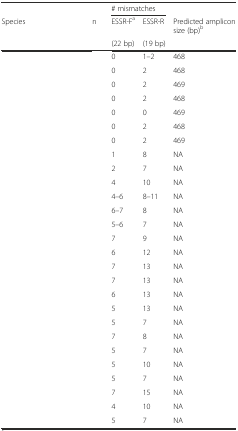
<table><thead><tr><td>[EMPTY_CELL]</td><td>[EMPTY_CELL]</td><td colspan="2"><b># mismatches</b></td><td>[EMPTY_CELL]</td></tr><tr><td><b>Species</b></td><td><b>n</b></td><td><b>ESSR-F<sup>a</sup></b></td><td><b>ESSR-R</b></td><td><b>Predicted amplicon size (bp)<sup>b</sup></b></td></tr><tr><td>[EMPTY_CELL]</td><td>[EMPTY_CELL]</td><td><b>(22 bp)</b></td><td><b>(19 bp)</b></td><td>[EMPTY_CELL]</td></tr></thead><tbody><tr><td>[EMPTY_CELL]</td><td>[EMPTY_CELL]</td><td>0</td><td>1–2</td><td>468</td></tr><tr><td>[EMPTY_CELL]</td><td>[EMPTY_CELL]</td><td>0</td><td>2</td><td>468</td></tr><tr><td>[EMPTY_CELL]</td><td>[EMPTY_CELL]</td><td>0</td><td>2</td><td>469</td></tr><tr><td>[EMPTY_CELL]</td><td>[EMPTY_CELL]</td><td>0</td><td>2</td><td>468</td></tr><tr><td>[EMPTY_CELL]</td><td>[EMPTY_CELL]</td><td>0</td><td>0</td><td>469</td></tr><tr><td>[EMPTY_CELL]</td><td>[EMPTY_CELL]</td><td>0</td><td>2</td><td>468</td></tr><tr><td>[EMPTY_CELL]</td><td>[EMPTY_CELL]</td><td>0</td><td>2</td><td>469</td></tr><tr><td>[EMPTY_CELL]</td><td>[EMPTY_CELL]</td><td>1</td><td>8</td><td>NA</td></tr><tr><td>[EMPTY_CELL]</td><td>[EMPTY_CELL]</td><td>2</td><td>7</td><td>NA</td></tr><tr><td>[EMPTY_CELL]</td><td>[EMPTY_CELL]</td><td>4</td><td>10</td><td>NA</td></tr><tr><td>[EMPTY_CELL]</td><td>[EMPTY_CELL]</td><td>4–6</td><td>8–11</td><td>NA</td></tr><tr><td>[EMPTY_CELL]</td><td>[EMPTY_CELL]</td><td>6–7</td><td>8</td><td>NA</td></tr><tr><td>[EMPTY_CELL]</td><td>[EMPTY_CELL]</td><td>5–6</td><td>7</td><td>NA</td></tr><tr><td>[EMPTY_CELL]</td><td>[EMPTY_CELL]</td><td>7</td><td>9</td><td>NA</td></tr><tr><td>[EMPTY_CELL]</td><td>[EMPTY_CELL]</td><td>6</td><td>12</td><td>NA</td></tr><tr><td>[EMPTY_CELL]</td><td>[EMPTY_CELL]</td><td>7</td><td>13</td><td>NA</td></tr><tr><td>[EMPTY_CELL]</td><td>[EMPTY_CELL]</td><td>7</td><td>13</td><td>NA</td></tr><tr><td>[EMPTY_CELL]</td><td>[EMPTY_CELL]</td><td>6</td><td>13</td><td>NA</td></tr><tr><td>[EMPTY_CELL]</td><td>[EMPTY_CELL]</td><td>5</td><td>13</td><td>NA</td></tr><tr><td>[EMPTY_CELL]</td><td>[EMPTY_CELL]</td><td>5</td><td>7</td><td>NA</td></tr><tr><td>[EMPTY_CELL]</td><td>[EMPTY_CELL]</td><td>7</td><td>8</td><td>NA</td></tr><tr><td>[EMPTY_CELL]</td><td>[EMPTY_CELL]</td><td>5</td><td>7</td><td>NA</td></tr><tr><td>[EMPTY_CELL]</td><td>[EMPTY_CELL]</td><td>5</td><td>10</td><td>NA</td></tr><tr><td>[EMPTY_CELL]</td><td>[EMPTY_CELL]</td><td>5</td><td>7</td><td>NA</td></tr><tr><td>[EMPTY_CELL]</td><td>[EMPTY_CELL]</td><td>7</td><td>15</td><td>NA</td></tr><tr><td>[EMPTY_CELL]</td><td>[EMPTY_CELL]</td><td>4</td><td>10</td><td>NA</td></tr><tr><td>[EMPTY_CELL]</td><td>[EMPTY_CELL]</td><td>5</td><td>7</td><td>NA</td></tr></tbody></table>